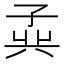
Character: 𪦾